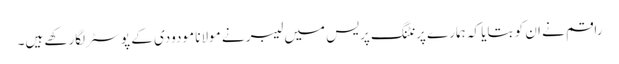
راقم نے ان کو بتایا کہ ہمارے پرنٹنگ پریس میں لیبر نے مولانا مودودی کے پوسٹر لگارکھے ہیں۔